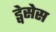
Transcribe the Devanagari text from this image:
ड्वेसेस